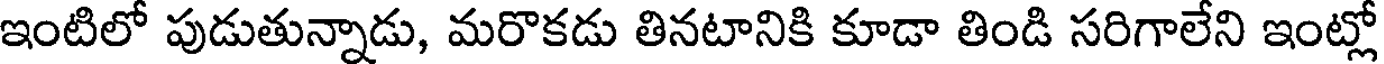
ఇంటిలో పుడుతున్నాడు, మరొకడు తినటానికి కూడా తిండి సరిగాలేని ఇంట్లో